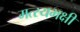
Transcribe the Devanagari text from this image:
मत्स्यभक्षी